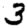
Digit: 3